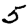
Digit: 5